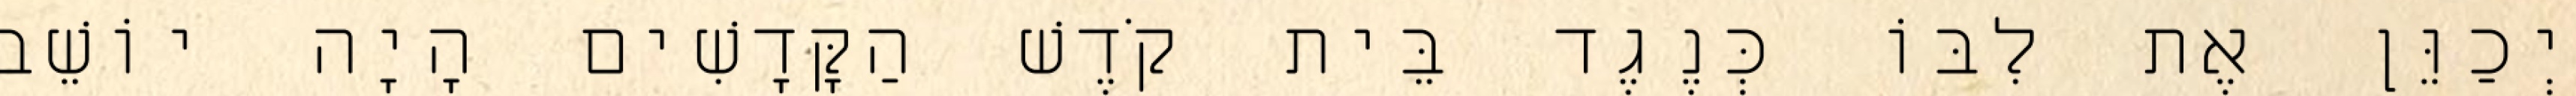
יְכַוֵּן אֶת לִבּוֹ כְּנֶגֶד בֵּית קֹדֶשׁ הַקָּדָשִׁים הָיָה יוֹשֵׁב